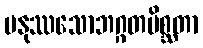
မနုဿသောဘဂ္ဂတမိစ္ဆတာ